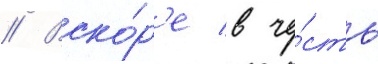
// Вско́р'е в че́сть